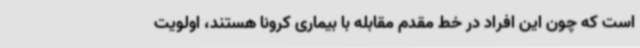
است که چون این افراد در خط مقدم مقابله با بیماری کرونا هستند، اولویت